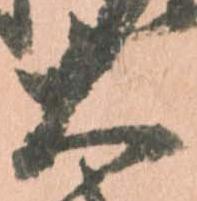
大